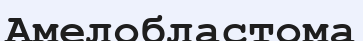
Амелобластома